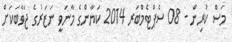
މަސް ކުރިން - 08 ސެޕްޓެމްބަރ 2014 ކަޔާންގެ މާނަވީ ނަޒަރުގެ ޖަވާބަކަށް